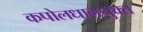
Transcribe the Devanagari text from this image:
कपोलधानयुक्त